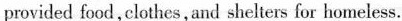
provided food,clothes, and shelters for homeless.